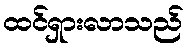
ထင်ရှားလာသည်